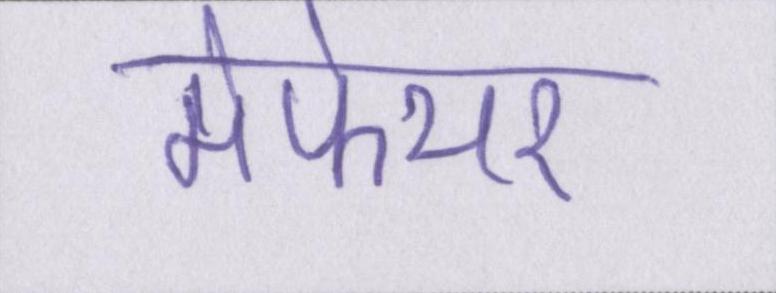
मेफेयर